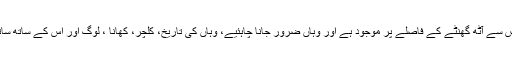
اس مہم جو ٹیم کے لیڈر کے ایک علی کا کہنا تھا کہ کاشغر خنجراب پاس سے آٹھ گھنٹے کے فاصلے پر موجود ہے اور وہاں ضرور جانا چاہئیے، وہاں کی تاریخ، کلچر، کھانا ، لوگ اور اس کے ساتھ ساتھ عورتوں کے لئے شاپنگ کے مواقع سب آپ کو اپنی طرف بلاتے ہیں۔